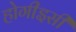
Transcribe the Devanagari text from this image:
होगीइसी